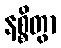
နစ္စိတွာ